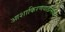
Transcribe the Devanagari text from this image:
आशाकिरणवाडीमध्ये